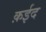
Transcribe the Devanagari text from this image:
क़ईद